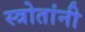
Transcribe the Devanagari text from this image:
स्त्रोतांनी